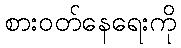
စားဝတ်နေရေးကို